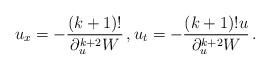
LaTeX: \begin{align*} u_x=-\frac{(k+1)!}{\partial_u^{k+2} W}\, , u_t=-\frac{(k+1)!u}{\partial_u^{k+2} W}\, . \end{align*}